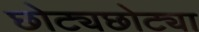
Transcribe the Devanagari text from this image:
छोट्यछोट्या